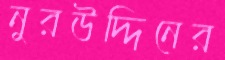
নুরউদ্দিনের